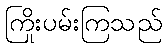
ကြိုးပမ်းကြသည်